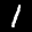
Label: 1